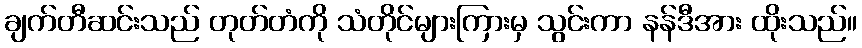
ချက်တီဆင်းသည် တုတ်တံကို သံတိုင်များကြားမှ သွင်းကာ နန်ဒီအား ထိုးသည်။